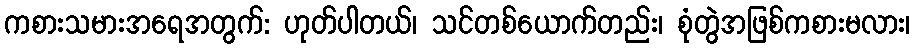
ကစားသမားအရေအတွက်: ဟုတ်ပါတယ်၊ သင်တစ်ယောက်တည်း၊ စုံတွဲအဖြစ်ကစားမလား၊